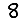
Digit: 8